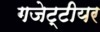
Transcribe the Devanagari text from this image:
गजेट्टीयर